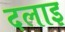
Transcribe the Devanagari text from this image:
दलाइ